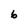
Character: 6